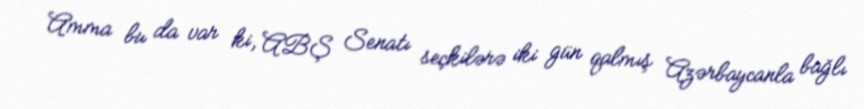
Amma bu da var ki, ABŞ Senatı seçkilərə iki gün qalmış Azərbaycanla bağlı